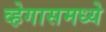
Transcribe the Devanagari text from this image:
व्हेगासमध्ये